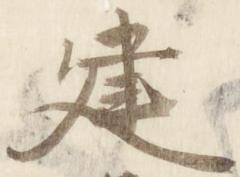
建